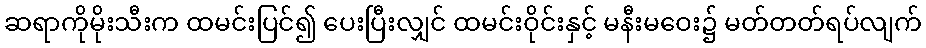
ဆရာကိုမိုးသီးက ထမင်းပြင်၍ ပေးပြီးလျှင် ထမင်းဝိုင်းနှင့် မနီးမဝေး၌ မတ်တတ်ရပ်လျက်